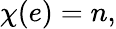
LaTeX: \chi(e)=n,